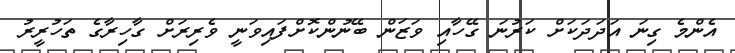
އެންމެ ގިނަ އަދަދަކަށް ކަރުނަ ގޭހާއި ވަޒަން ބޭނުންކޮށްފައިވަނީ ވެރިރަށް ގާހިރާގެ ތަހުރީރު